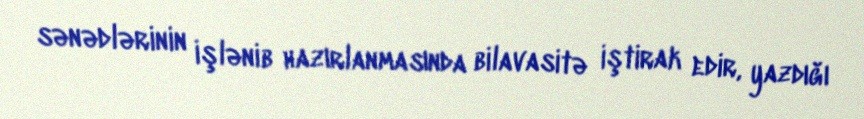
sənədlərinin işlənib hazırlanmasında bilavasitə iştirak edir, yazdığı